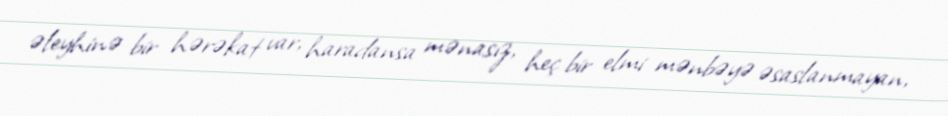
əleyhinə bir hərəkat var, haradansa mənasız, heç bir elmi mənbəyə əsaslanmayan,